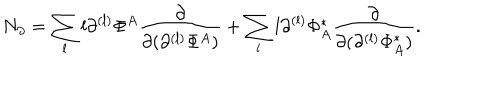
LaTeX: N _ { \partial } = \sum _ { l } l \partial ^ { ( l ) } \Phi ^ { A } \frac { \partial } { \partial ( \partial ^ { ( l ) } \Phi ^ { A } ) } + \sum _ { l } l \partial ^ { ( l ) } \Phi _ { A } ^ { * } \frac { \partial } { \partial ( \partial ^ { ( l ) } \Phi _ { A } ^ { * } ) } .